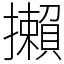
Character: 攋